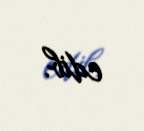
edib.